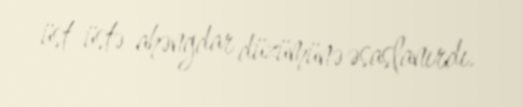
üst-üstə ahəngdar düzümünə əsaslanırdı.